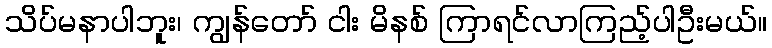
သိပ်မနာပါဘူး၊ ကျွန်တော် ငါး မိနစ် ကြာရင်လာကြည့်ပါဦးမယ်။